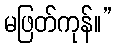
မဖြတ်ကုန်။”